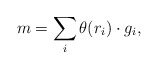
\begin{align*}m = \sum_i \theta(r_i) \cdot g_i,\end{align*}